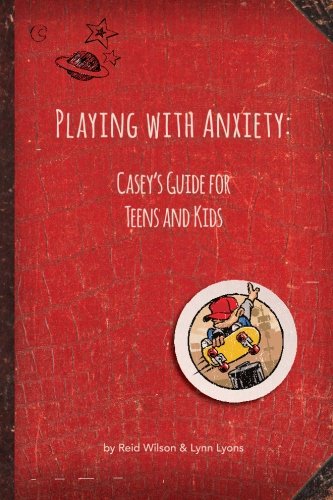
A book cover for Playing with Anxiety: Casey's Guide for Teens and Kids; Reid Wilson PhD; Self-Help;